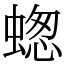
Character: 䗓